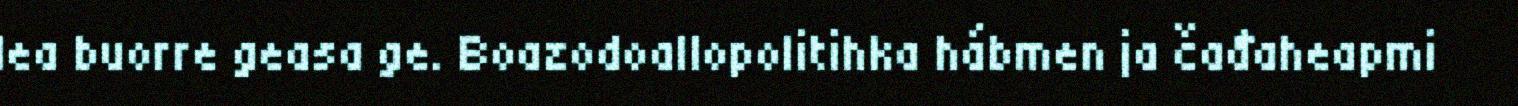
lea buorre geasa ge. Boazodoallopolitihka hábmen ja čađaheapmi